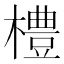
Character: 𪴀